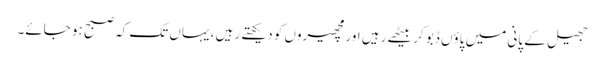
جھیل کے پانی میں پاؤں ڈبو کر بیٹھے رہیں اور مچھیروں کو دیکھتے رہیں ، یہاں تک کہ صبح ہو جائے۔